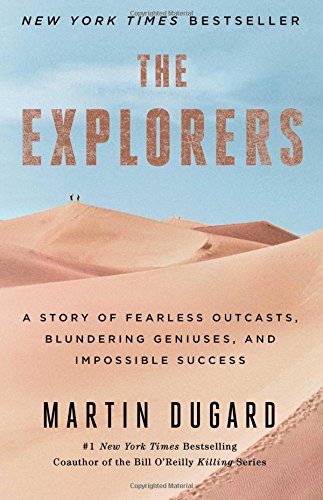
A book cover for The Explorers: A Story of Fearless Outcasts, Blundering Geniuses, and Impossible Success; Martin Dugard; Biographies & Memoirs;